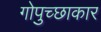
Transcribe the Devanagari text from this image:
गोपुच्छाकार